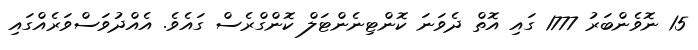
15 ނޮވެންބަރު 1777 ގައި އޮތް ދެވަނަ ކޮންޓިނެންޓަލް ކޮންގްރެސް ގައެވެ. އެއްދުވަސްވަރެއްގައި